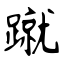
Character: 蹴